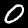
Digit: 0